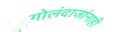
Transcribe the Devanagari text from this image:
गोलंदाजांनाही